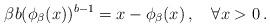
LaTeX: \begin{align*}\beta b(\phi_ \beta(x))^{b-1}=x- \phi_ \beta(x)\,,\quad\forall x>0\,.\end{align*}